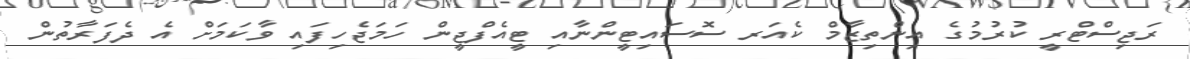
ރަޖިސްޓްރީ ކުރުމުގެ އިންތިޒާމް ކެއަރ ސޮސައިޓީންނާއި ޓީއެފްޖީން ހަމަޖެހިފައި ވާކަމަށް އެ ދެފަރާތުން